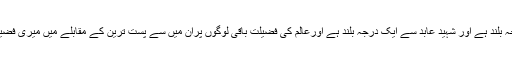
عالم شہید سے ایک درجہ بلند ہے اور شہید عابد سے ایک درجہ بلند ہے اورعالم کی فضیلت باقی لوگوں پران میں سے پست ترین کے مقابلے میں میری فضیلت ہے جیسی ہے (٤) ۔